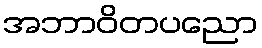
အဘာဝိတပညော